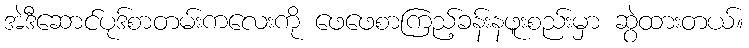
အဲဒီဆောင်ပုဒ်စာတမ်းကလေးကို ဖေဖေစာကြည့်ခန်းနဖူးစည်းမှာ ဆွဲထားတယ်။